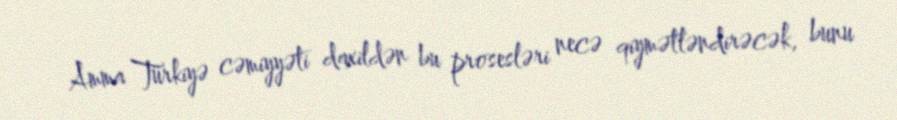
Amma Türkiyə cəmiyyəti daxildən bu prosesləri necə qiymətləndirəcək, bunu